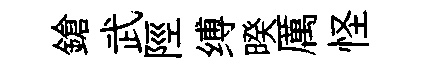
鎗武陘缚暌厲怪